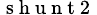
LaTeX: _\mathrm{~s~h~u~n~t~2~}